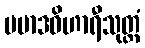
ပမာဒဝိဟာရီသုတ္တံ